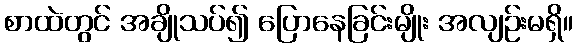
စာထဲတွင် အချိုသပ်၍ ပြောနေခြင်းမျိုး အလျဉ်းမရှိ။